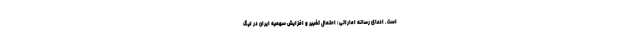
است. ادعای رسانه اماراتی: احتمال تغییر و افزایش سهمیه ایران در لیگ